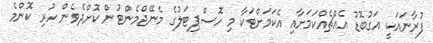
ފުރާނައަކީ އަގުބޮޑު އެއްޗެއްކަމަށާއި އެކަމަށްޓަކާ މި ހޮސްޕިޓަލުގެ މެނޭޖްމެންޓުން ކޮށްދެވެން ހުރި ކޮންމެ